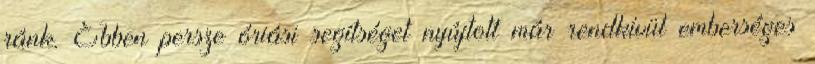
ránk. Ebben persze óriási segítséget nyújtott már rendkívül emberséges